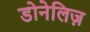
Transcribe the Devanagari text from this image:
डोनेलिज़